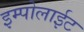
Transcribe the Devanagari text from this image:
इम्पोलाईट